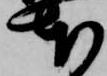
本